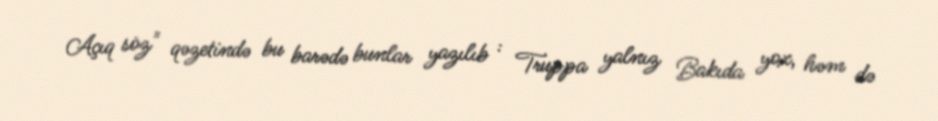
Açıq söz" qəzetində bu barədə bunlar yazılıb : Truppa yalnız Bakıda yox, həm də